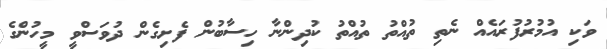
ވަކި އުމުރުފުރައެއް ނެތި ތުއްތު ތުއްތު ކުދިންނާ ހިސާބުން ފެށިގެން ދުވަސްވީ މީހުންގެ